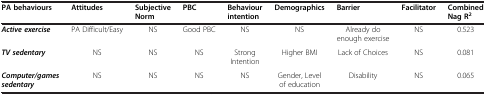
<table><thead><tr><td><b>PA behaviours</b></td><td><b>Attitudes</b></td><td><b>Subjective Norm</b></td><td><b>PBC</b></td><td><b>Behaviour intention</b></td><td><b>Demographics</b></td><td><b>Barrier</b></td><td><b>Facilitator</b></td><td><b>Combined Nag R<sup>2</sup></b></td></tr></thead><tbody><tr><td><b><i>Active exercise</i></b></td><td>PA Difficult/Easy</td><td>NS</td><td>Good PBC</td><td>NS</td><td>NS</td><td>Already do enough exercise</td><td>NS</td><td>0.523</td></tr><tr><td><b><i>TV sedentary</i></b></td><td>NS</td><td>NS</td><td>NS</td><td>Strong Intention</td><td>Higher BMI</td><td>Lack of Choices</td><td>NS</td><td>0.081</td></tr><tr><td><b><i>Computer/games sedentary</i></b></td><td>NS</td><td>NS</td><td>NS</td><td>NS</td><td>Gender, Level of education</td><td>Disability</td><td>NS</td><td>0.065</td></tr></tbody></table>